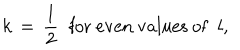
k \, = \, \frac l 2 \; \; \mathrm { f o r ~ e v e n ~ v a l u e s ~ o f } \; \; l ,